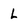
Character: L